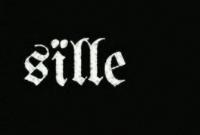
sïlle